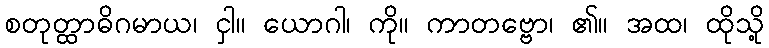
စတုတ္ထာဓိဂမာယ၊ ငှါ။ ယောဂါ၊ ကို။ ကာတဗ္ဗော၊ ၏။ အထ၊ ထိုသို့